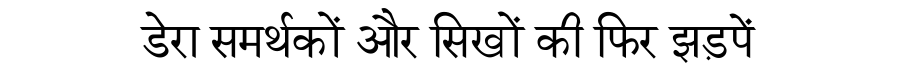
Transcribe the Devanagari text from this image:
डेरा समर्थकों और सिखों की फिर झड़पें